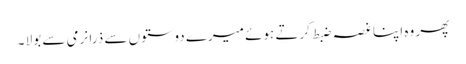
پھر وہ اپنا غصہ ضبط کرتے ہوئے میرے دوستوں سے ذرا نرمی سے بولا ۔